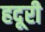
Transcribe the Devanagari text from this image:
हदूरी